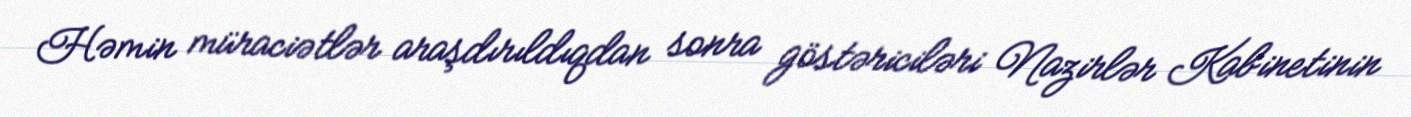
Həmin müraciətlər araşdırıldıqdan sonra göstəriciləri Nazirlər Kabinetinin